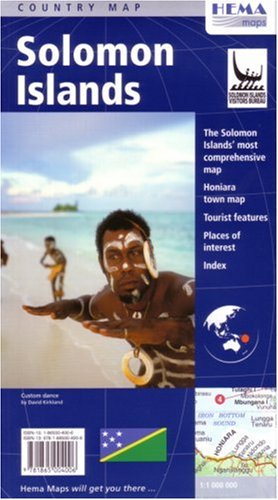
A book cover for Solomon Islands; Hema; Travel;